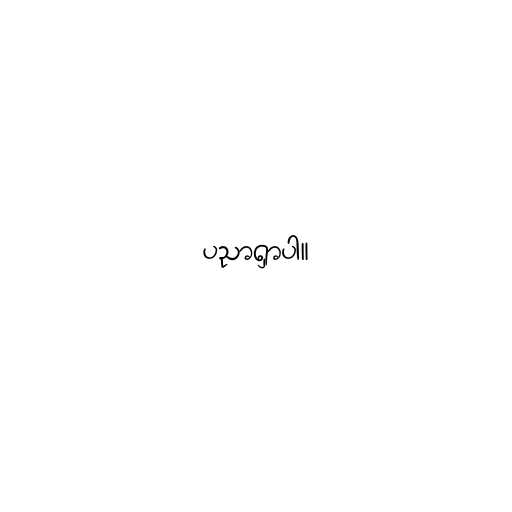
ပညာရှာပါ။